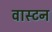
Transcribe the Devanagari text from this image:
वास्टन